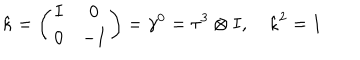
\hat { \kappa } = \left( \begin{array} { c c } { { I } } & { { 0 } } \\ { { 0 } } & { { - I } } \\ \end{array} \right) = \gamma ^ { 0 } = \tau ^ { 3 } \otimes I , \quad \hat { \kappa } ^ { 2 } = 1